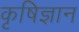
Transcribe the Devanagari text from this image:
कृषिज्ञान